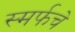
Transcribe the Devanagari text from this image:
स्मर्फचे